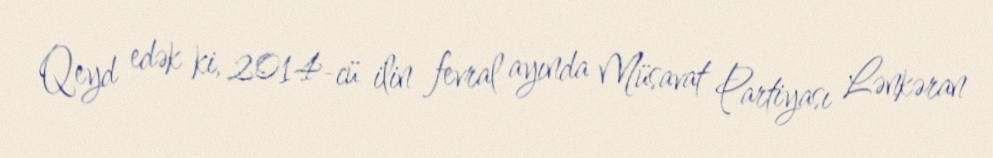
Qeyd edək ki, 2014-cü ilin fevral ayında Müsavat Partiyası Lənkəran